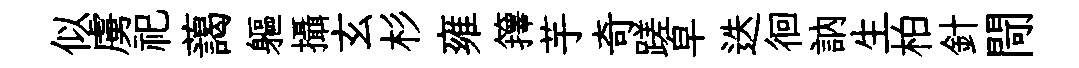
似虜祀藹軀攝玄杉雍籜芋奇蹉皁迭徊訥生柏針閜